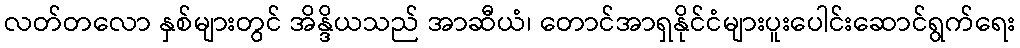
လတ်တလော နှစ်များတွင် အိန္ဒိယသည် အာဆီယံ၊ တောင်အာရှနိုင်ငံများပူးပေါင်းဆောင်ရွက်ရေး